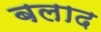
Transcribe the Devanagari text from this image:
बलाद